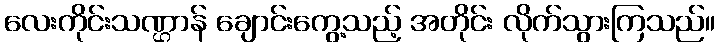
လေးကိုင်းသဏ္ဌာန် ချောင်းကွေ့သည့် အတိုင်း လိုက်သွားကြသည်။